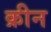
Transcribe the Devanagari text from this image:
क्रीन